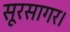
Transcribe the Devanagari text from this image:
सूरसागर।